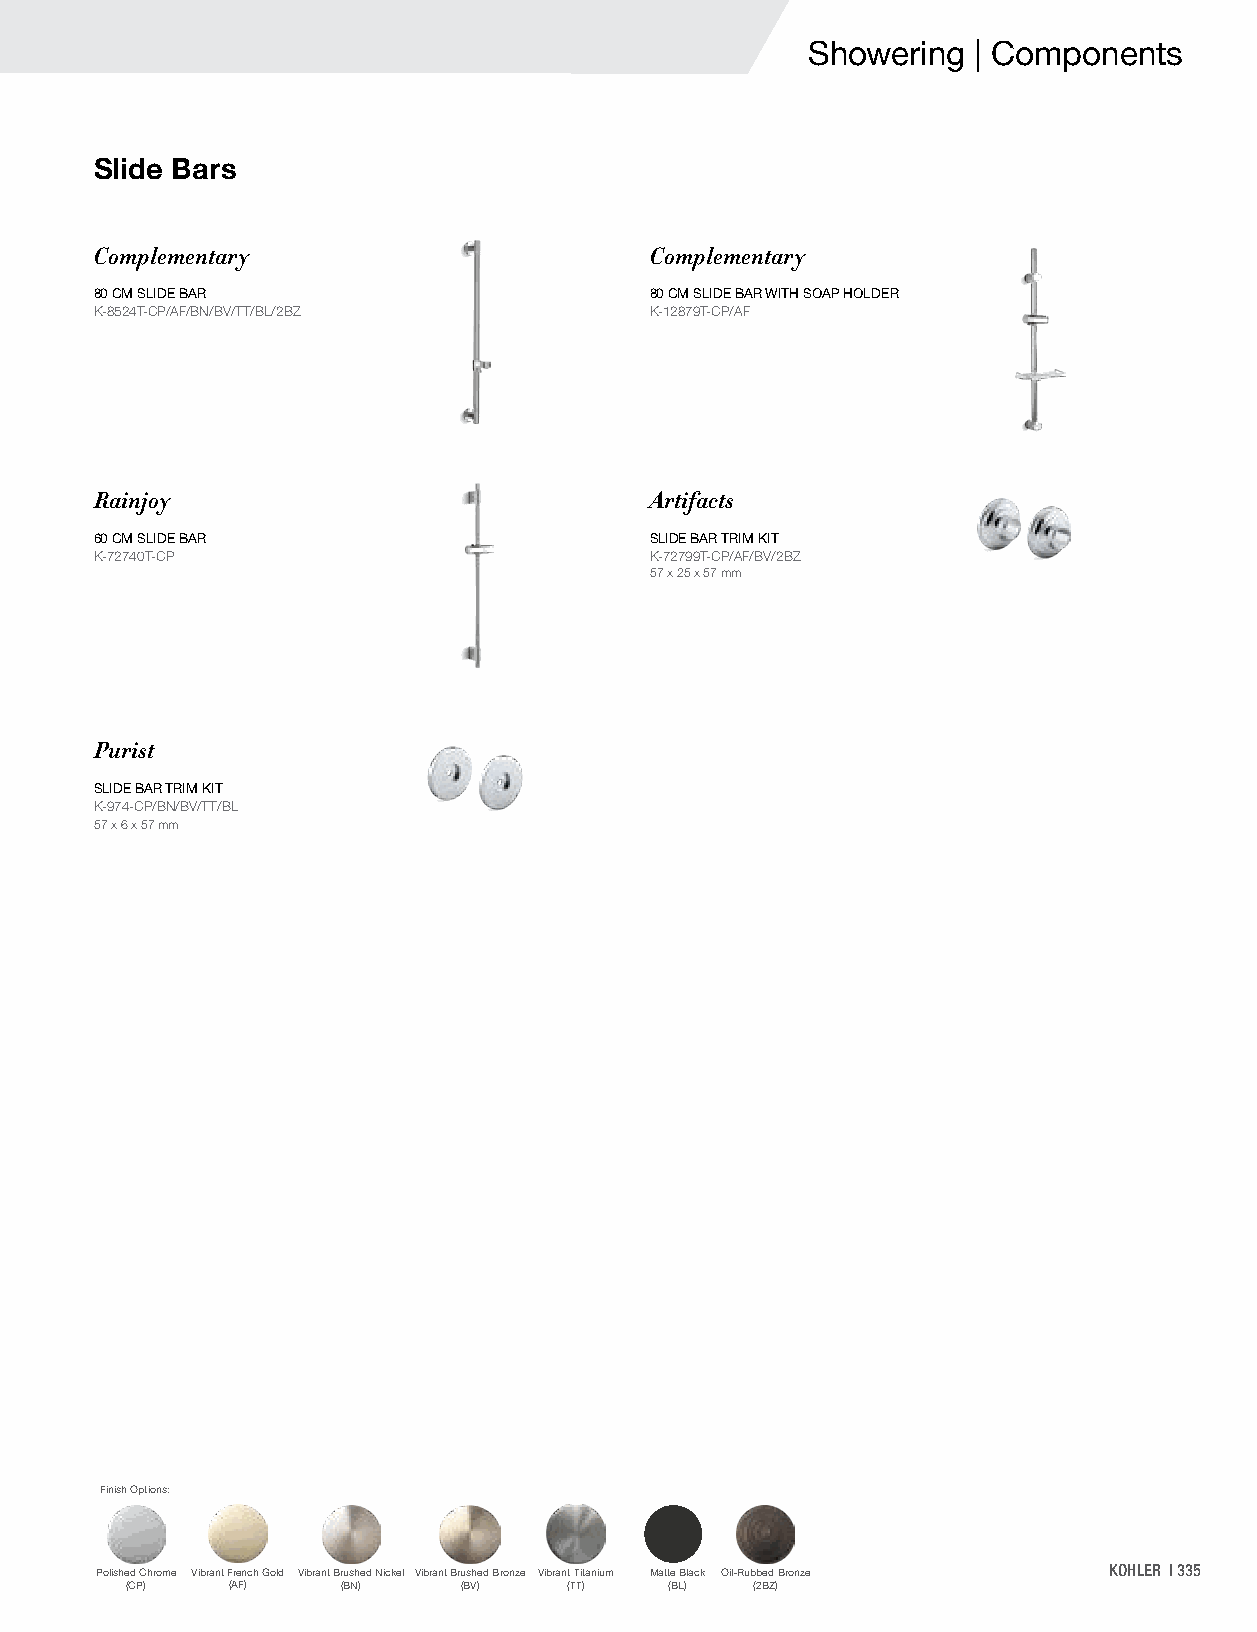
Showering  | Components
 Slide Bars
 Complementary                        Complementary
 80 CM SLIDE BAR                      80 CM SLIDE BAR WITH SOAP HOLDER
 K-8524T-CP/AF/BN/BV/TT/BL/2BZ        K-12879T-CP/AF
 Rainjoy                              Artifacts
 60 CM SLIDE BAR                      SLIDE BAR TRIM KIT
 K-72740T-CP                          K-72799T-CP/AF/BV/2BZ
 57 x 25 x 57 mm
 Purist
 SLIDE BAR TRIM KIT
 K-974-CP/BN/BV/TT/BL
 57 x 6 x 57 mm
 Finish Options:
 Polished Chrome Vibrant French Gold Vibrant Brushed Nickel Vibrant Brushed Bronze Vibrant Titanium Matte Black Oil-Rubbed Bronze KOHLER | 335
 (CP)   (AF)    (BN)   (BV)    (TT)  (BL)  (2BZ)